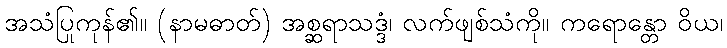
အသံပြုကုန်၏။ (နာမဓာတ်) အစ္ဆရာသဒ္ဒံ၊ လက်ဖျစ်သံကို။ ကရောန္တော ဝိယ၊